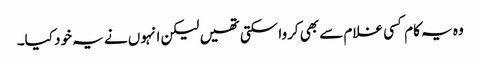
وہ یہ کام کسی غلام سے بھی کروا سکتی تھیں لیکن انہوں نے یہ خود کیا۔